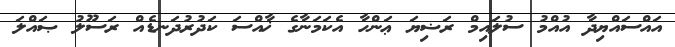
އައްސައްޔިދާ އުއްމު ސުލައިމް ރަޟިޔަ ޢަންހާ އެކަމަނާގެ ޚާއްސަ ކަދުރުދަނޑެއް ރަސޫލު ޞައްލަ